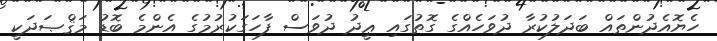
ހެޔޮއެދުންތައް ބަދަލުކުރާ ދުވަހެއްގެ ގޮތުގައި ޢީދު ދުވަސް ފާހަގަކުރުމުގެ އެންމެ ބޮޑު މަޤްޞަދަކީ